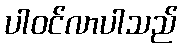
ပါဝင်လာပါသည်